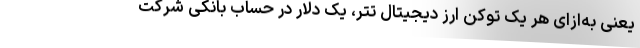
یعنی به‌ازای هر یک توکن ارز دیجیتال تتر، یک دلار در حساب بانکی شرکت